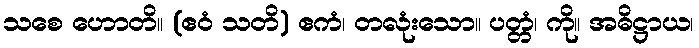
သစေ ဟောတိ။ (ဧဝံ သတိ) ဧကံ၊ တလုံးသော။ ပတ္တံ၊ ကို။ အဓိဋ္ဌာယ၊